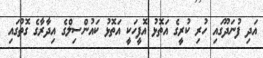
އަދި ފުނަދޫގައި ހުރި ކުރީގެ އަތޮޅު އޮފީހަކީ އަތޮޅު ކައުންސިލްގެ އިދާރާގެ ގޮތުގައި